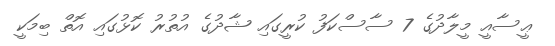
ޢީސާއީ މީލާދުގެ 7 ސާސްކަފު ކުރީގައި ޝާދުގެ އުތުރު ކޮޅުގައި އޮތް ބިމަކީ